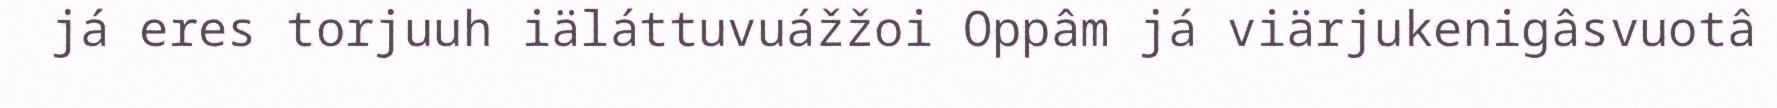
já eres torjuuh iäláttuvuážžoi Oppâm já viärjukenigâsvuotâ